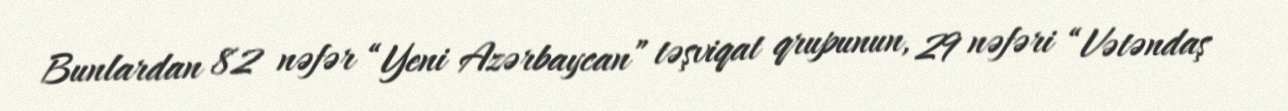
Bunlardan 82 nəfər “Yeni Azərbaycan” təşviqat qrupunun, 29 nəfəri “Vətəndaş